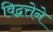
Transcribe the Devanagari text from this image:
विद्वत्तेने